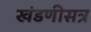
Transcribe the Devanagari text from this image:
खंडणीसत्र